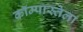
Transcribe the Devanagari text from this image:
कॉम्पास्तेला